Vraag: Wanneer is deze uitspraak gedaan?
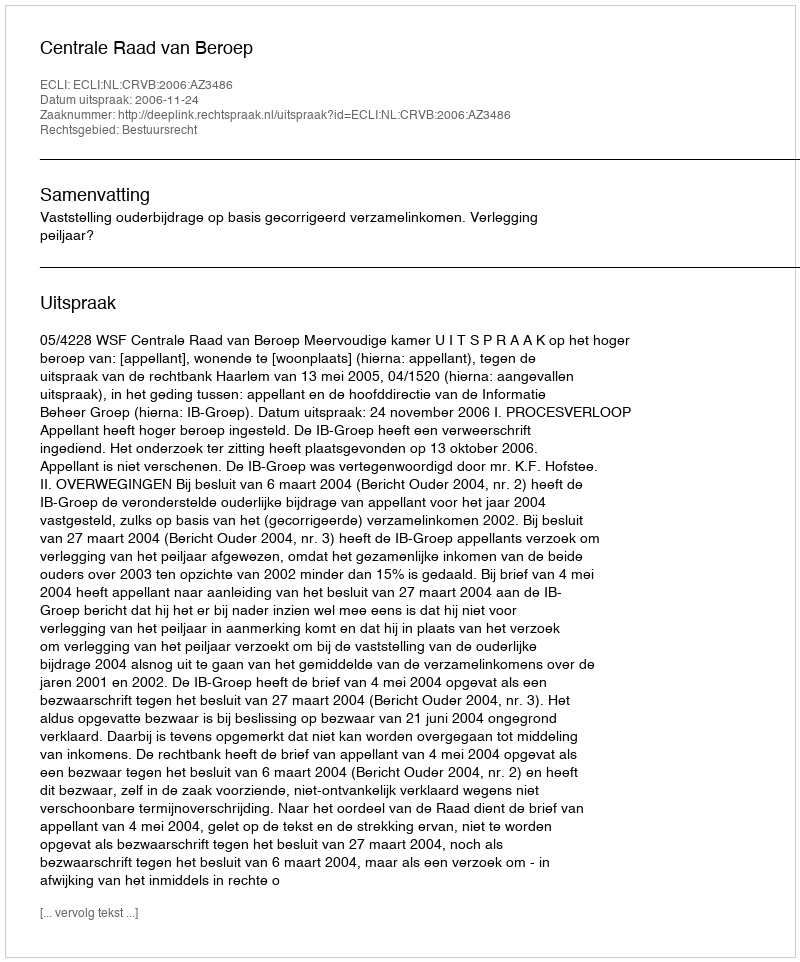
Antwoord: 2006-11-24